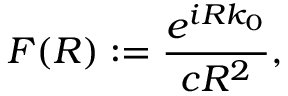
F ( R ) : = \frac { e ^ { i R k _ { 0 } } } { c R ^ { 2 } } ,